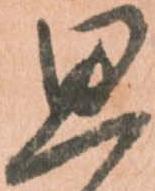
思